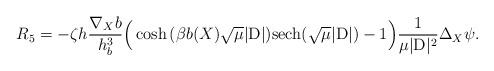
LaTeX: \begin{align*} R_5 & = -\zeta h \dfrac{\nabla_X b}{h_b^3}\Big(\cosh{(\beta b(X)\sqrt{\mu}|\mathrm{D}|)}\mathrm{sech}{(\sqrt{\mu}|\mathrm{D}|)}-1\Big)\frac{1}{\mu|\mathrm{D}|^2}\Delta_X\psi. \end{align*}